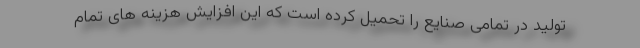
تولید در تمامی صنایع را تحمیل کرده است که این افزایش هزینه های تمام